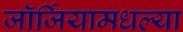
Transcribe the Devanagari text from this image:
जॉर्जियामधल्या